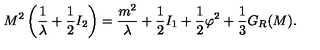
M ^ { 2 } \left( \frac { 1 } { \lambda } + \frac { 1 } { 2 } I _ { 2 } \right) = \frac { m ^ { 2 } } { \lambda } + \frac { 1 } { 2 } I _ { 1 } + \frac { 1 } { 2 } \varphi ^ { 2 } + \frac { 1 } { 3 } G _ { R } ( M ) .